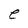
Character: e